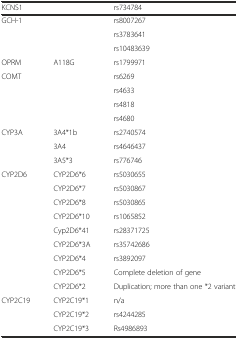
<table><thead><tr><td><b>KCNS1</b></td><td></td><td><b>rs734784</b></td></tr></thead><tbody><tr><td>GCH-1</td><td></td><td>rs8007267</td></tr><tr><td></td><td></td><td>rs3783641</td></tr><tr><td></td><td></td><td>rs10483639</td></tr><tr><td>OPRM</td><td>A118G</td><td>rs1799971</td></tr><tr><td>COMT</td><td></td><td>rs6269</td></tr><tr><td></td><td></td><td>rs4633</td></tr><tr><td></td><td></td><td>rs4818</td></tr><tr><td></td><td></td><td>rs4680</td></tr><tr><td>CYP3A</td><td>3A4*1b</td><td>rs2740574</td></tr><tr><td></td><td>3A4</td><td>rs4646437</td></tr><tr><td></td><td>3A5*3</td><td>rs776746</td></tr><tr><td>CYP2D6</td><td>CYP2D6*6</td><td>rs5030655</td></tr><tr><td></td><td>CYP2D6*7</td><td>rs5030867</td></tr><tr><td></td><td>CYP2D6*8</td><td>rs5030865</td></tr><tr><td></td><td>CYP2D6*10</td><td>rs1065852</td></tr><tr><td></td><td>Cyp2D6*41</td><td>rs28371725</td></tr><tr><td></td><td>CYP2D6*3A</td><td>rs35742686</td></tr><tr><td></td><td>CYP2D6*4</td><td>rs3892097</td></tr><tr><td></td><td>CYP2D6*5</td><td>Complete deletion of gene</td></tr><tr><td></td><td>CYP2D6*2</td><td>Duplication; more than one *2 variant</td></tr><tr><td>CYP2C19</td><td>CYP2C19*1</td><td>n/a</td></tr><tr><td></td><td>CYP2C19*2</td><td>rs4244285</td></tr><tr><td></td><td>CYP2C19*3</td><td>Rs4986893</td></tr></tbody></table>